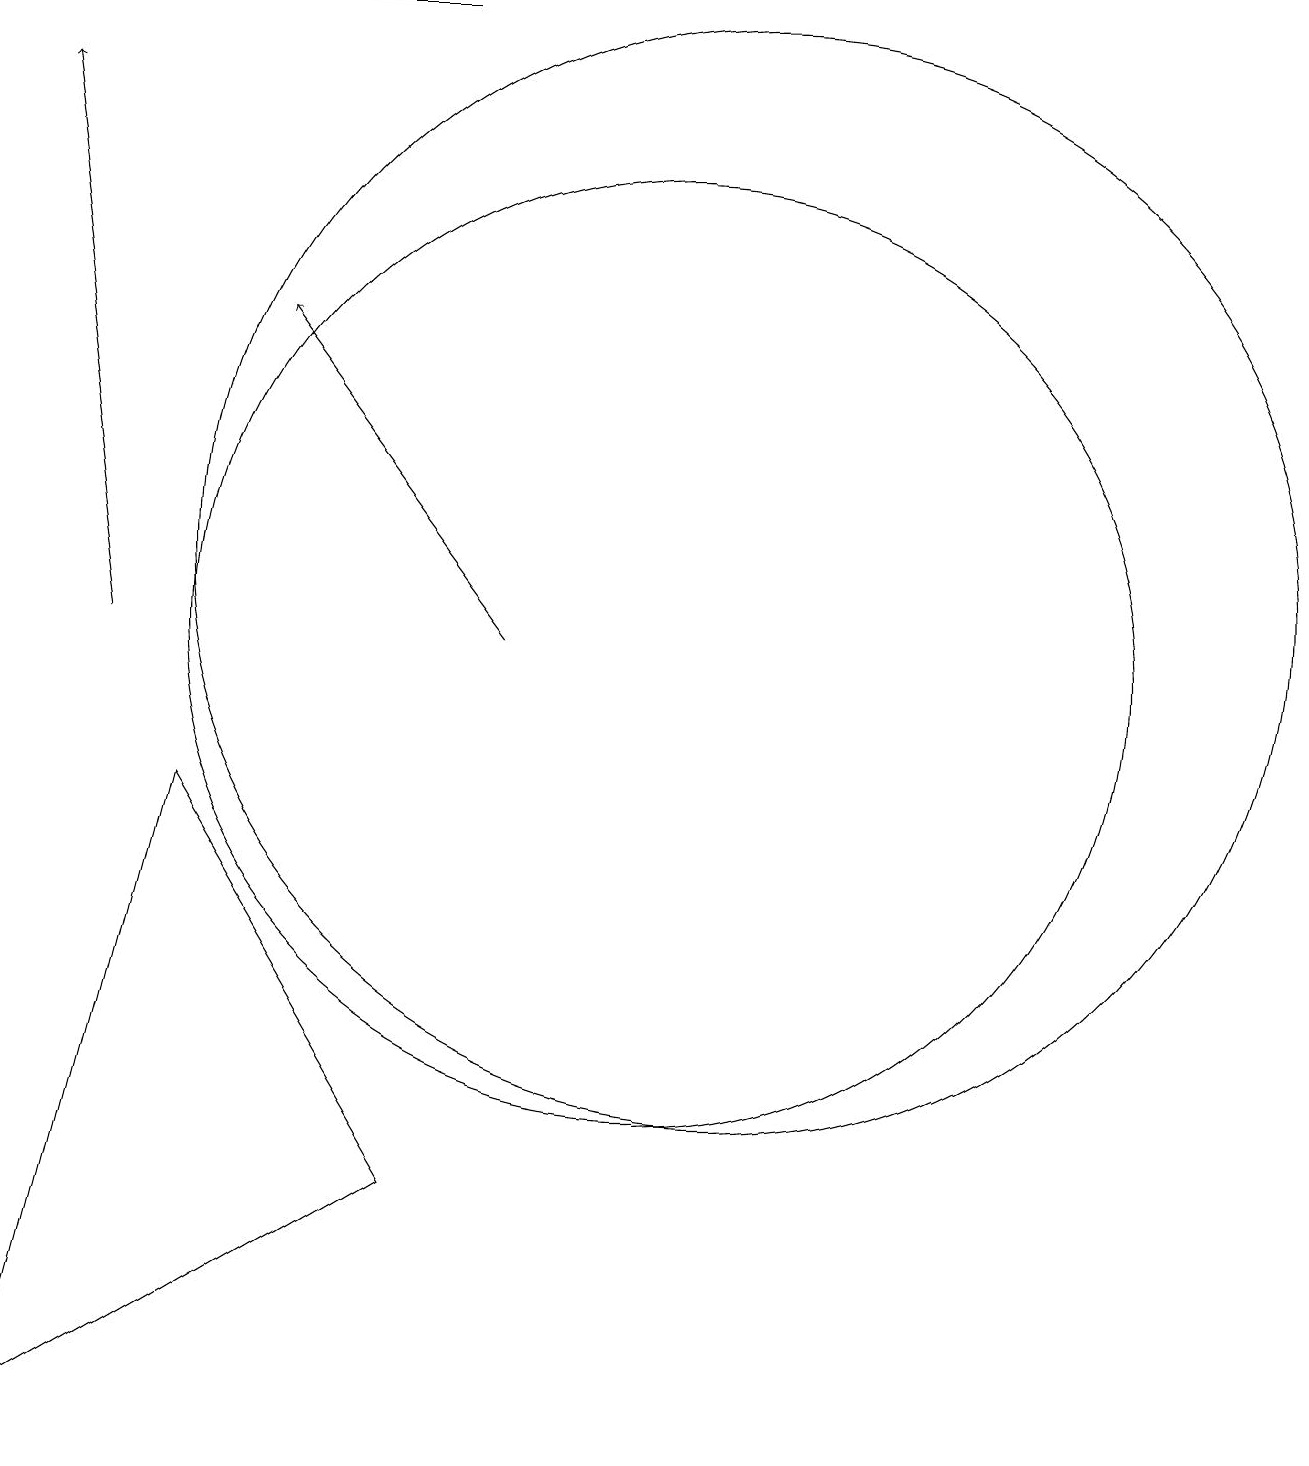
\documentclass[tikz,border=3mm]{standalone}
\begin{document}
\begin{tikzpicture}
\draw[->] (8,18) -- (4,18);
\draw (3,0) -- (5,8) -- (8,3) -- cycle;
\draw[->] (9,10) -- (6,14);
\draw (12,11) circle (7);
\draw (11,10) circle (6);
\draw[->] (4,10) -- (3,17);
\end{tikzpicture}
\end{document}